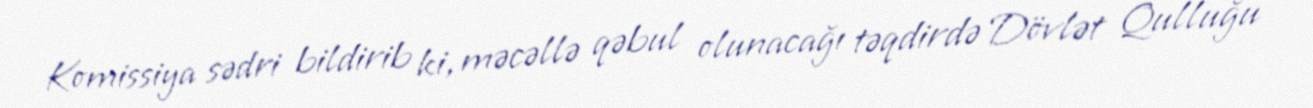
Komissiya sədri bildirib ki, məcəllə qəbul olunacağı təqdirdə Dövlət Qulluğu